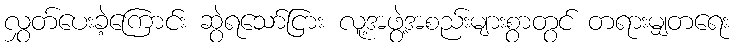
လွှတ်ပေးခဲ့ကြောင်း ဆွဲရသော်ငြား လူ့အဖွဲ့အစည်းများစွာတွင် တရားမျှတရေး